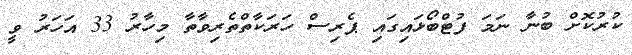
ކުރުކޮށް ބުނާ ނަމަ ފުޓްބޯޅައިގައި ޕެރިސް ހަރަކާތްތެރިވާތާ މިހާރު 33 އަހަރު ވީ